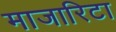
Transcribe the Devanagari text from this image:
माजारिटा